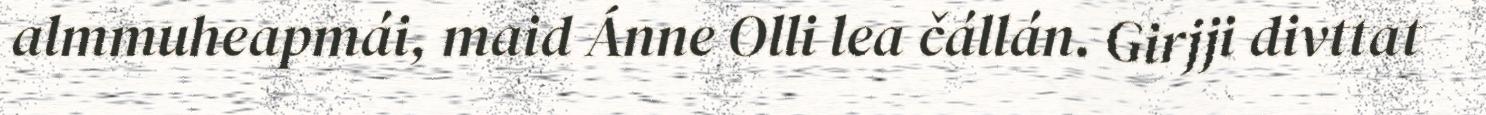
almmuheapmái, maid Ánne Olli lea čállán. Girjji divttat